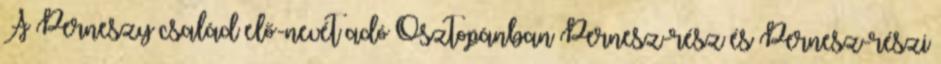
A Perneszy család elő-nevét adó Osztopánban Pernesz-rész és Pernesz-részi